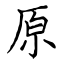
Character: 原